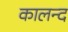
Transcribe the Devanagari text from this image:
कालन्द